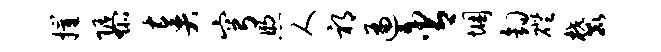
摧隳奏穹煦人祁遍含悃钩磴麓